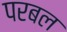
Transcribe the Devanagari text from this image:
परबल